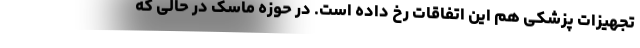
تجهیزات پزشکی هم این اتفاقات رخ داده است. در حوزه ماسک در حالی که